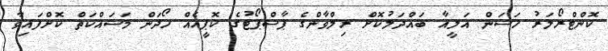
ކޮންޓްރޯލަރު ހަސަން އަލީއާ ބައްދަލުކޮށް ރިލްވާންގެ ޕާސްޕޯޓުގެ ކޮޕީއެއް ހޯދަން މަސައްކަތް ކޮށްފައިވާ